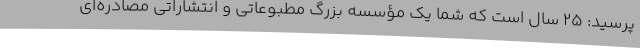
پرسید: 25 سال است که شما یک مؤسسه بزرگ مطبوعاتی و انتشاراتی مصادره‌ای